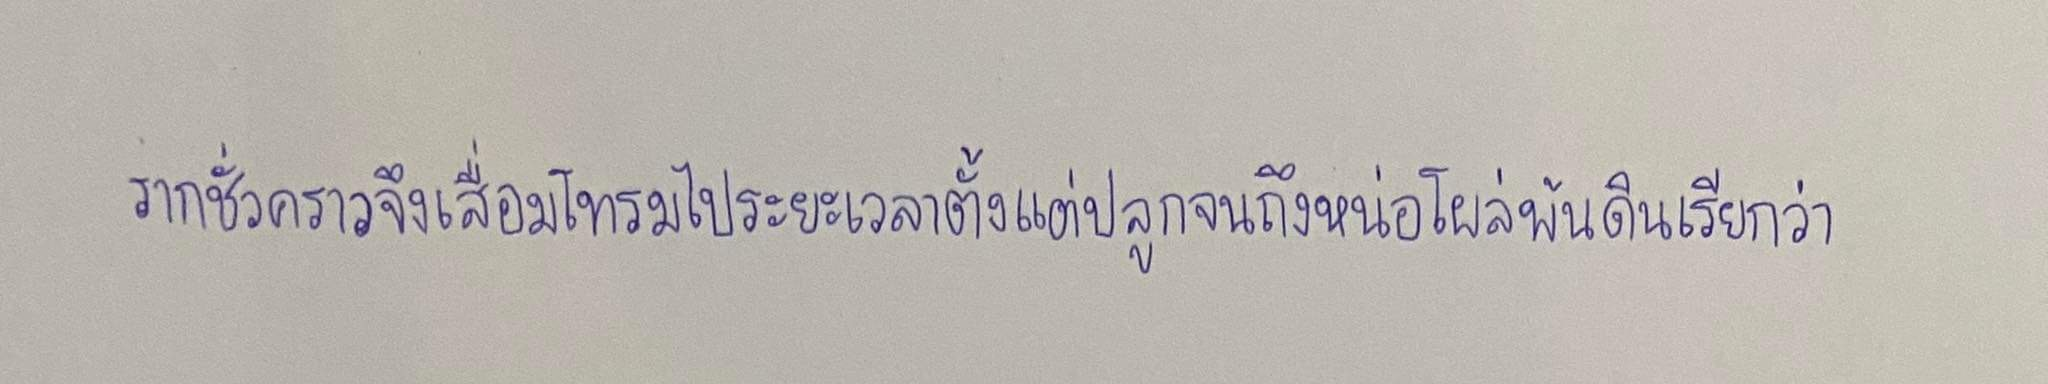
รากชั่วคราวจึงเสื่อมโทรมไประยะเวลาตั้งแต่ปลูกจนถึงหน่อโผล่พ้นดินเรียกว่า